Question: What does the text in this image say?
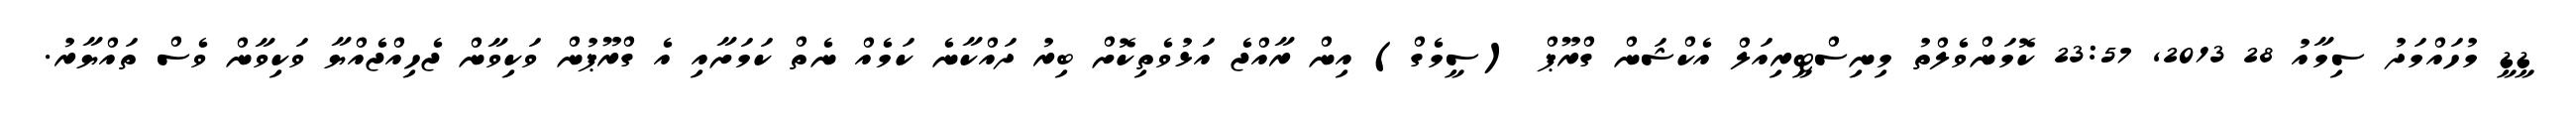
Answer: ޑީޑީ މުހައްމަދު ސިމާއު 28 2013, 23:57 ކޮމަންވެލްތު މިނިސްޓީރިއަލް އެކްޝަން ގްރޫޕް (ސީމެގް) އިން ރާއްޖެ އަޅުވެތިކޮށް ބިރު ދައްކާނެ ކަމެއް ނެތް ކަމަށާއި އެ ގްރޫޕުން ވަކިވާން ޖެހިއްޖެއްޔާ ވަކިވާން ވެސް ތައްޔާރު.